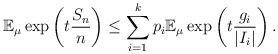
\begin{align*}\mathbb E_{\mu} \exp \left( t \frac{S_n}{n} \right) \leq \sum_{i=1}^k p_i \mathbb E_{\mu} \exp \left( t \frac{g_i}{|I_i|} \right).\end{align*}